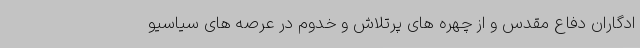
ادگاران دفاع مقدس و از چهره های پرتلاش و خدوم در عرصه های سیاسیو